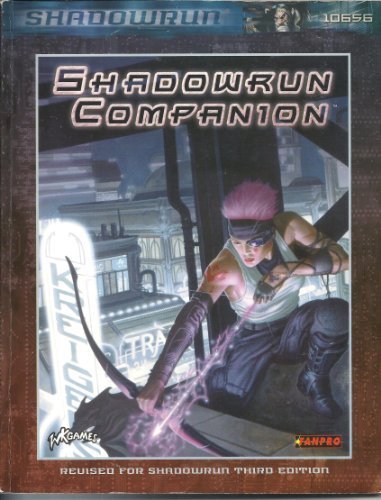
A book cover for Shadowrun Companion *OP; Fanpro; Science Fiction & Fantasy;